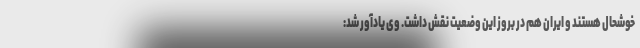
خوشحال هستند و ایران هم در بروز این وضعیت نقش داشت. وی یادآور شد: